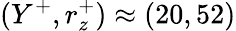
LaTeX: (Y^{+},r_{z}^{+})\approx(20,52)